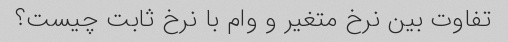
تفاوت بین نرخ متغیر و وام با نرخ ثابت چیست؟